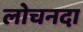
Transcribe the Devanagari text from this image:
लोचनदा